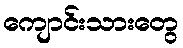
ကျောင်းသားတွေ